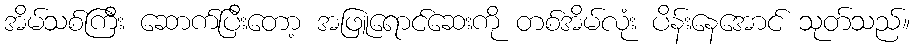
အိမ်သစ်ကြီး ဆောက်ပြီးတော့ အဖြူရောင်ဆေးကို တစ်အိမ်လုံး ပိန်းနေအောင် သုတ်သည်။